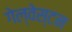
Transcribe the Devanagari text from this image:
गेल्‍वेस्‍टन